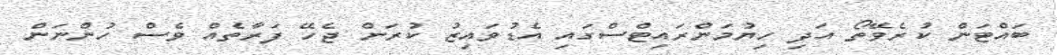
ބައްޓަން ކުރެވޭތޯ އަދި ހިޔުމަންރައިޓްސްގައި އެޑުވައިޒު ކުރަން ޖެހޭ ފަރާތެއް ވެސް ހުންނަން